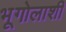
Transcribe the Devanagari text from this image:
भूगोलाशी